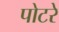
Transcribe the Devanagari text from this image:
पोटरे